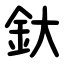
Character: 釱